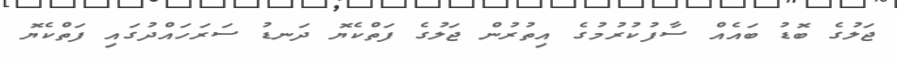
ޖަލުގެ ބޮޑު ބައެއް ސާފުކުރުމުގެ އިތުރުން ޖަލުގެ ފަތްކެޔޮ ދަނޑު ސަރަހައްދުގައި ފަތްކެޔޮ